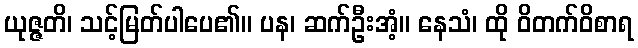
ယုဇ္ဇတိ၊ သင့်မြတ်ပါပေ၏။ ပန၊ ဆက်ဦးအံ့။ နေသံ၊ ထို ဝိတက်ဝိစာရ